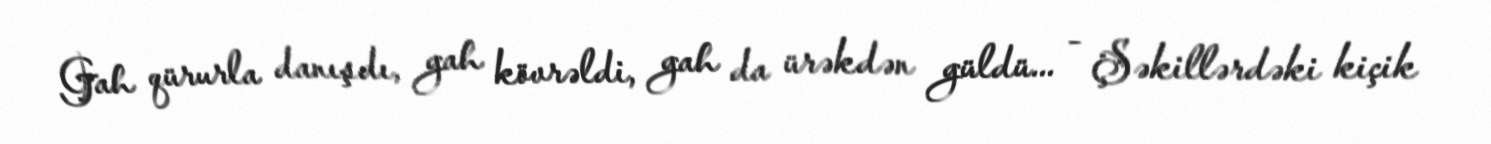
Gah qürurla danışdı, gah kövrəldi, gah da ürəkdən güldü... - Şəkillərdəki kiçik